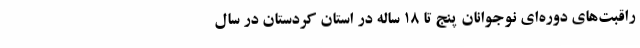
راقبت‌های دوره‌ای نوجوانان پنج تا 18 ساله در استان کردستان در سال